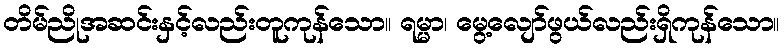
တိမ်ညိုအဆင်းနှင့်လည်းတူကုန်သော။ ရမ္မာ၊ မွေ့လျော်ဖွယ်လည်းရှိကုန်သော။